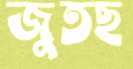
জুতছ